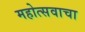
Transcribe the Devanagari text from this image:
महोत्सवाचा